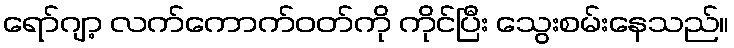
ရော်ဂျာ့ လက်ကောက်ဝတ်ကို ကိုင်ပြီး သွေးစမ်းနေသည်။